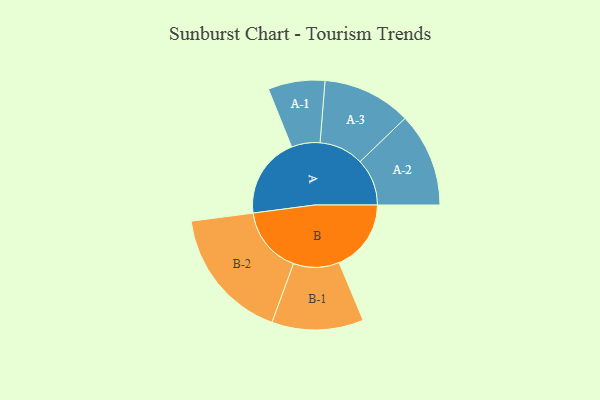
{"axis": {"x": "Segment", "y": "Value"}, "legend": ["", "A", "B"], "data": [{"x": "A", "y": 339, "type": ""}, {"x": "B", "y": 302, "type": ""}, {"x": "A-1", "y": 119, "type": "A"}, {"x": "A-2", "y": 197, "type": "A"}, {"x": "A-3", "y": 186, "type": "A"}, {"x": "B-1", "y": 192, "type": "B"}, {"x": "B-2", "y": 280, "type": "B"}]}